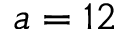
a = 1 2